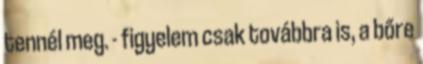
tennél meg. - figyelem csak továbbra is, a bőre